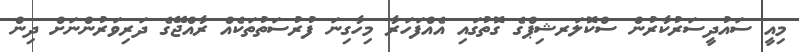
މިއީ ސައުދީސަރުކާރުން ސްކޮލަރޝިޕްގެ ގޮތުގައި އެއްފަހަރާ މިހާގިނަ ފުރުސަތުތަކެއް ރާއްޖޭގެ ދަރިވަރުންނަށް ދިން